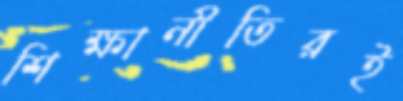
শিক্ষানীতিরই